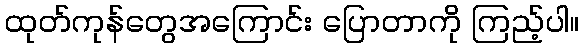
ထုတ်ကုန်တွေအကြောင်း ပြောတာကို ကြည့်ပါ။